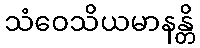
သံဝေသိယမာနန္တိ